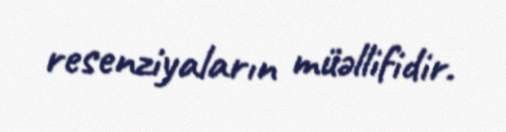
resenziyaların müəllifidir.